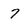
Character: 7